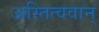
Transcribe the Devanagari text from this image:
अस्तित्ववान्‌